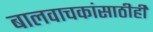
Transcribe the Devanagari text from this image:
बालवाचकांसाठीही